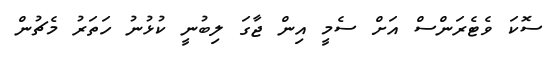
ސޮކަ ވެޓެރަންސް އަށް ސެމީ އިން ޖާގަ ލިބުނީ ކުޅުނު ހަތަރު މެޗުން